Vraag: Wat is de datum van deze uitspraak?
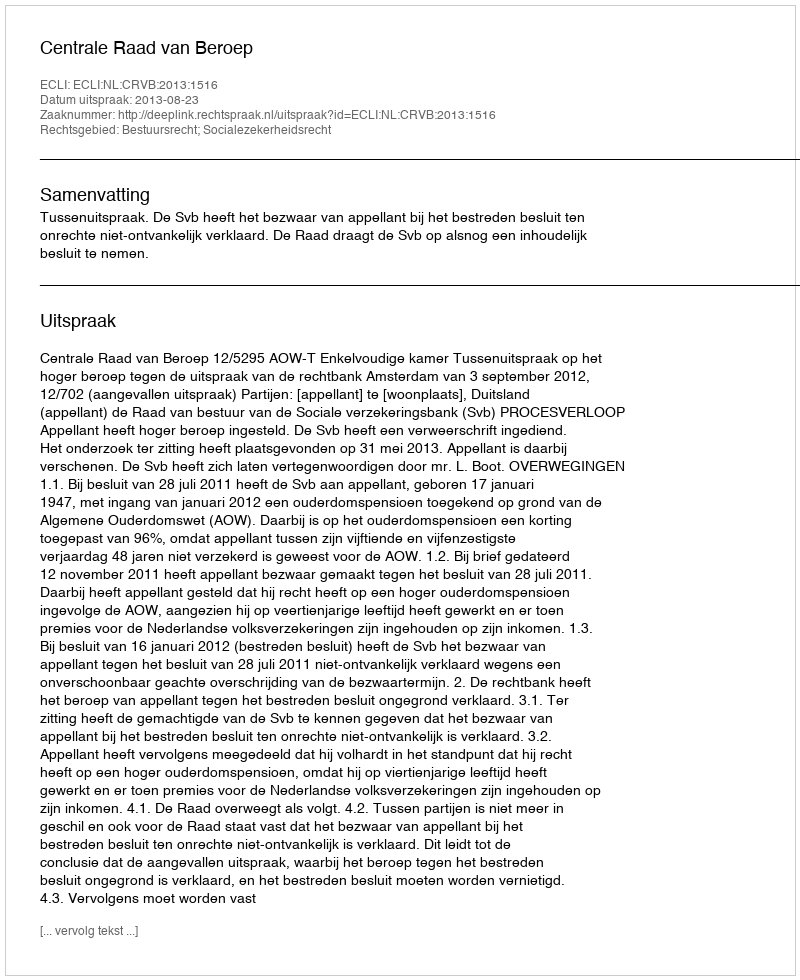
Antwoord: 2013-08-23